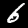
Digit: 6